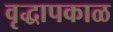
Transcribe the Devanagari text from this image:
वृद्धापकाळ